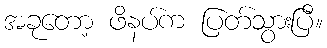
အခုတော့ ဖိနပ်က ပြတ်သွားပြီ။